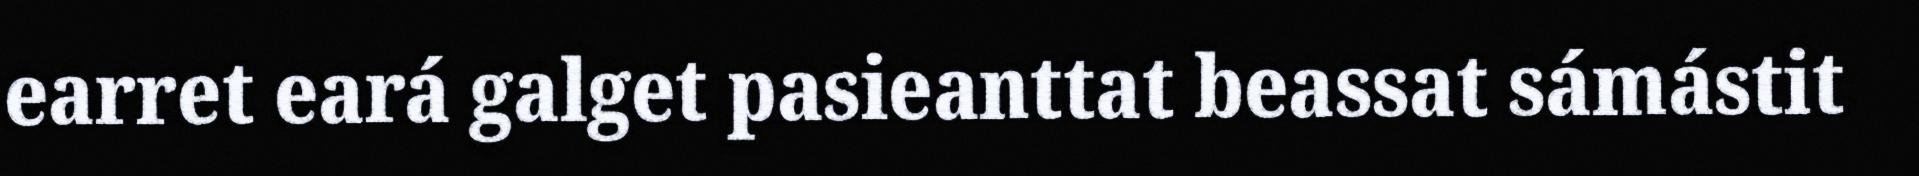
earret eará galget pasieanttat beassat sámástit